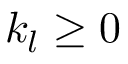
k _ { l } \geq 0